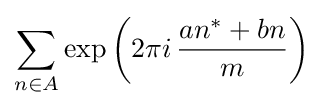
\sum \limits _{n\in A}\exp {{\biggl (}2\pi i\,{\frac {an^{*}+bn}{m}}{\biggr )}}